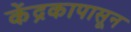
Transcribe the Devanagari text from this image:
केंद्रकापासून